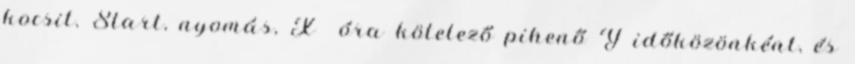
kocsit. Start, nyomás, X óra kötelező pihenő Y időközönként, és